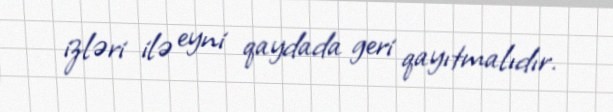
izləri ilə eyni qaydada geri qayıtmalıdır.